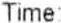
TIME :